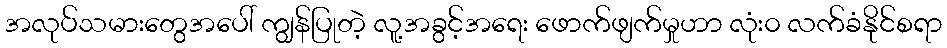
အလုပ်သမားတွေအပေါ် ကျွန်ပြုတဲ့ လူ့အခွင့်အရေး ဖောက်ဖျက်မှုဟာ လုံး၀ လက်ခံနိုင်စရာ